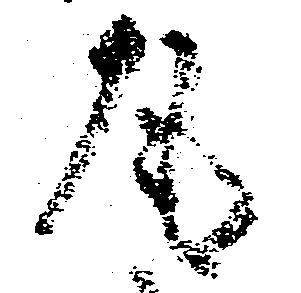
尾